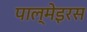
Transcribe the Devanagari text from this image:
पाल्मेइरस